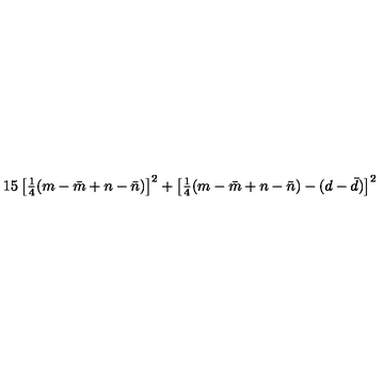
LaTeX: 1 5 \left[ { \textstyle { \frac { 1 } { 4 } } } ( m - \bar { m } + n - \bar { n } ) \right] ^ { 2 } + \left[ { \textstyle { \frac { 1 } { 4 } } } ( m - \bar { m } + n - \bar { n } ) - ( d - \bar { d } ) \right] ^ { 2 }